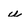
Character: u